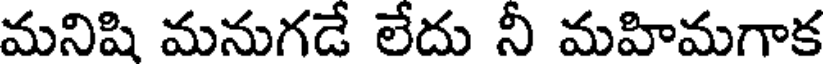
మనిషి మనుగడే లేదు నీ మహిమగాక